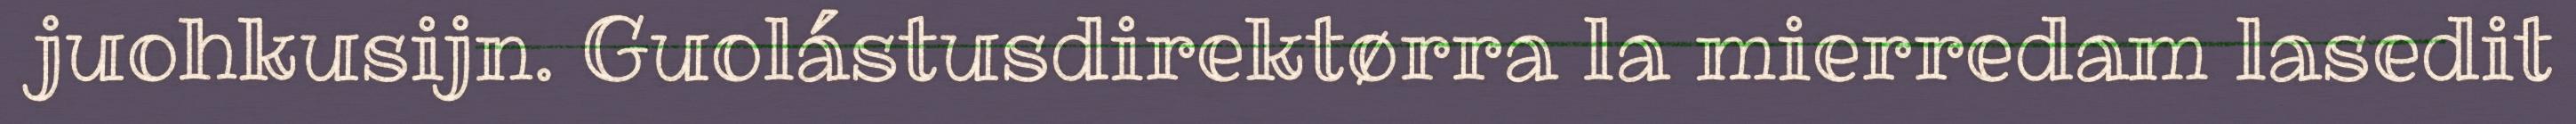
juohkusijn. Guolástusdirektørra la mierredam lasedit